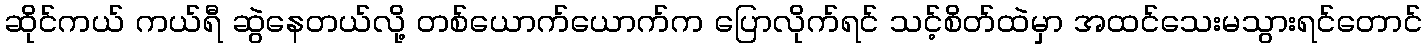
ဆိုင်ကယ် ကယ်ရီ ဆွဲနေတယ်လို့ တစ်ယောက်ယောက်က ပြောလိုက်ရင် သင့်စိတ်ထဲမှာ အထင်သေးမသွားရင်တောင်